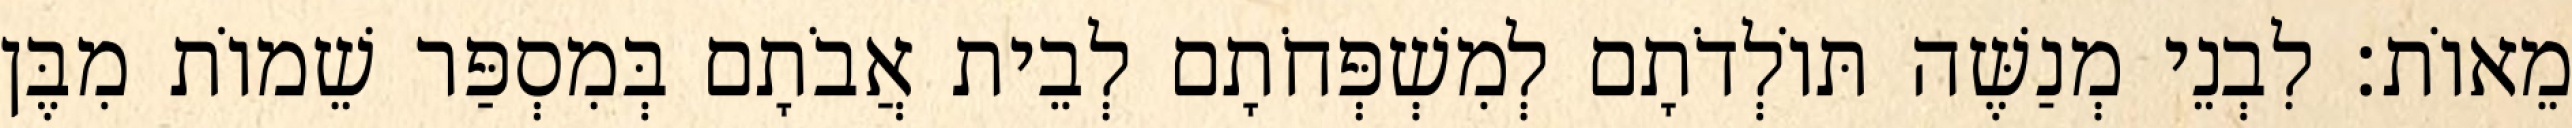
מֵאוֹת׃ לִבְנֵי מְנַשֶּׁה תּוֹלְדֹתָם לְמִשְׁפְּחֹתָם לְבֵית אֲבֹתָם בְּמִסְפַּר שֵׁמוֹת מִבֶּן